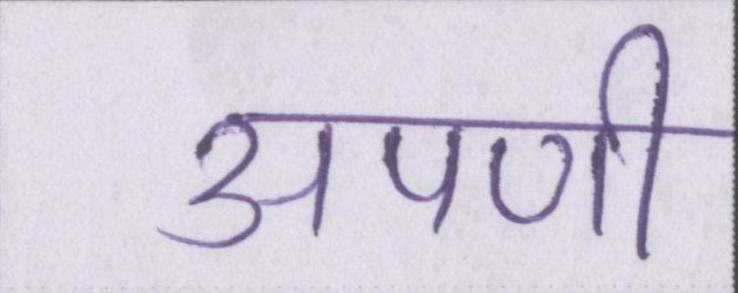
अपणी